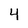
Character: 4